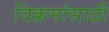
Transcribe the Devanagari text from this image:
विक्रमांसाठी